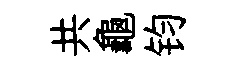
共龜钧